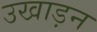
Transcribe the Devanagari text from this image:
उखाड़न